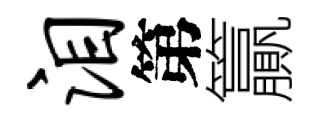
泪第籯